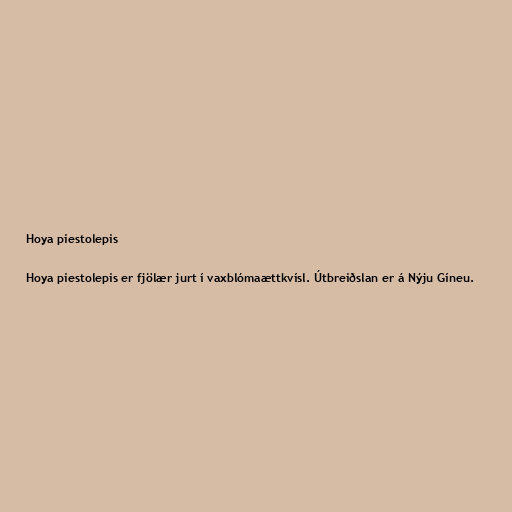
Hoya piestolepis

Hoya piestolepis er fjölær jurt í vaxblómaættkvísl. Útbreiðslan er á Nýju Gíneu.